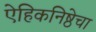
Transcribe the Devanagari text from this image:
ऐहिकनिष्ठेचा